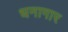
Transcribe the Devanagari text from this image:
धनागार